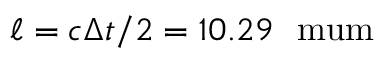
\ell = c \Delta t / 2 = 1 0 . 2 9 ~ \mathrm { \ m u m }